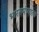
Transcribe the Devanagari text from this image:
भारतमंत्र्याला